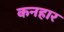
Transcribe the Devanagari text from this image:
कनहार